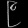
Digit: ၉